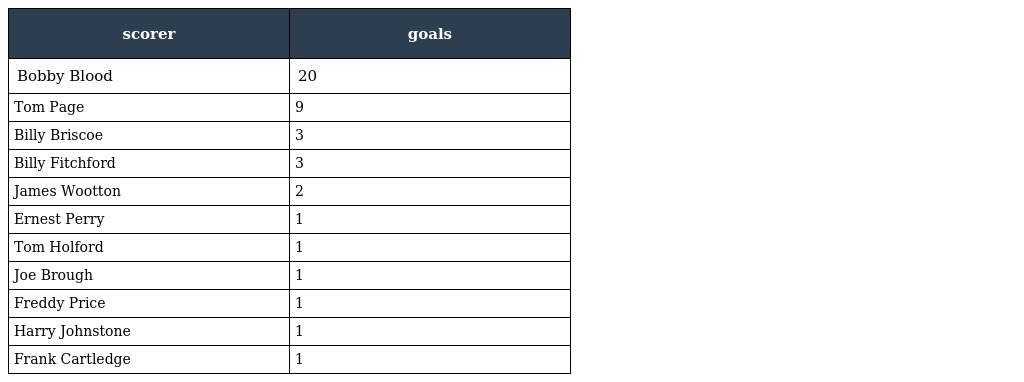
| scorer | goals |
 | --- | --- |
 | Bobby Blood | 20 |
 | Tom Page | 9 |
 | Billy Briscoe | 3 |
 | Billy Fitchford | 3 |
 | James Wootton | 2 |
 | Ernest Perry | 1 |
 | Tom Holford | 1 |
 | Joe Brough | 1 |
 | Freddy Price | 1 |
 | Harry Johnstone | 1 |
 | Frank Cartledge | 1 |